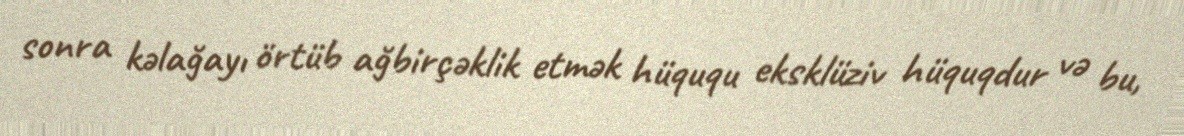
sonra kəlağayı örtüb ağbirçəklik etmək hüququ eksklüziv hüquqdur və bu,